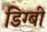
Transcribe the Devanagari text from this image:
डिग्‍बी